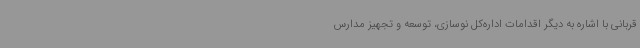
قربانی با اشاره به دیگر اقدامات اداره‌کل نوسازی، توسعه و تجهیز مدارس